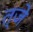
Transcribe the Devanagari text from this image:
त्जे